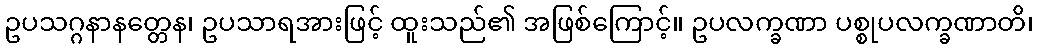
ဥပသဂ္ဂနာနတ္တေန၊ ဥပသာရအားဖြင့် ထူးသည်၏ အဖြစ်ကြောင့်။ ဥပလက္ခဏာ ပစ္စုပလက္ခဏာတိ၊